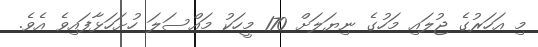
މި އަހަރުގެ ޖުލައި މަހުގެ ނިޔަލަށް 170 މީހަކު މައްސަލަ ހުށަހަޅާފައިވެ އެވެ.